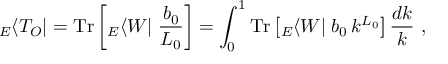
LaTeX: \; { } _ { E } \langle T _ { O } | = \mathrm { T r } \left[ { } _ { E } \langle W | \; \frac { b _ { 0 } } { L _ { 0 } } \right] = \int _ { 0 } ^ { 1 } \mathrm { T r } \left[ { } _ { E } \langle W | \; b _ { 0 } \, k ^ { L _ { 0 } } \right] \frac { d k } { k } ~ ,